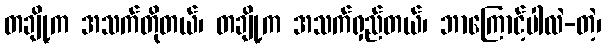
တချို့က အသက်တိုတယ်၊ တချို့က အသက်ရှည်တယ်၊ ဘာကြောင့်ပါလဲ-တဲ့၊